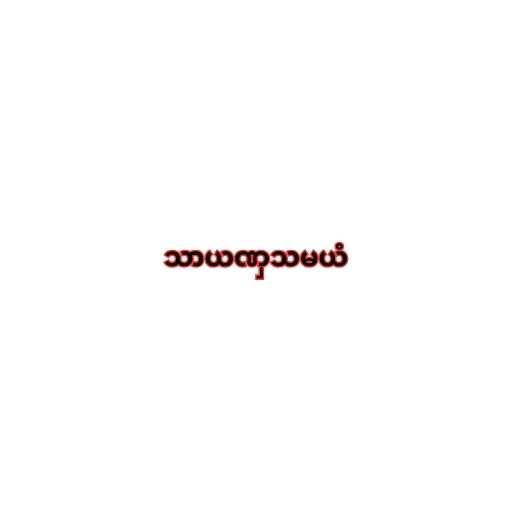
သာယဏှသမယံ